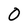
Character: 0